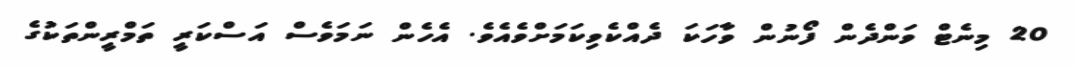
20 މިނެޓް ވަންދެން ފޯނުން ވާހަކަ ދެއްކެވިކަމަށްވެއެވެ. އެހެން ނަމަވެސް އަސްކަރީ ތަމްރީންތަކުގެ